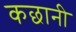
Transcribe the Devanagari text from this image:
कछानी